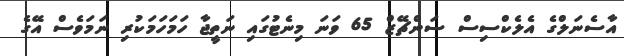
އާސެނަލްގެ އެލެކްސިސް ސަންޗޭޒް 65 ވަނަ މިނެޓުގައި ނަތީޖާ ހަމަހަމަކުރި ނަމަވެސް އޭގެ